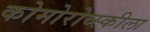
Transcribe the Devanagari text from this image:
कोमोरोव्स्कीला